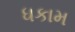
ધકામ